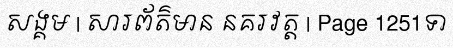
សង្គម | សារព័ត៌មាន នគរវត្ត | Page 1251ទា